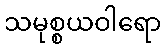
သမုစ္စယဝါရော